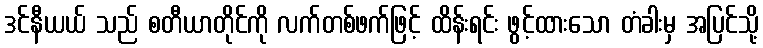
ဒင်နီယယ် သည် စတီယာတိုင်ကို လက်တစ်ဖက်ဖြင့် ထိန်းရင်း ဖွင့်ထားသော တံခါးမှ အပြင်သို့